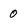
Character: 0